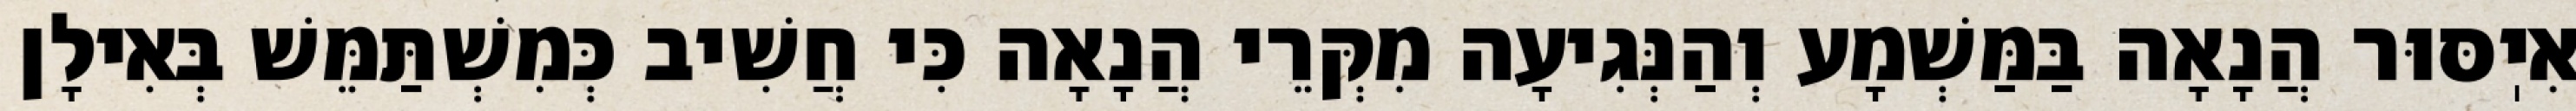
אִיֽסּוּר הֲנָאָה בַּמַּשְׁמָע וְהַנְּגִיעָה מִקְּרֵי הֲנָאָה כִּי חֲשִׁיב כְּמִשְׁתַּמֵּשׁ בְּאִילָן